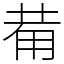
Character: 𤰇